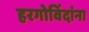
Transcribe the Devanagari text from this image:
हरगोविंदांना